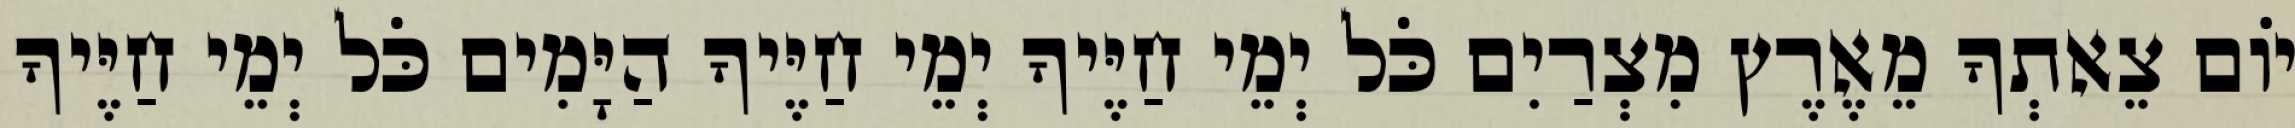
יוֹם צֵאתְךָ מֵאֶרֶץ מִצְרַיִם כֹּל יְמֵי חַיֶּיךָ יְמֵי חַיֶּיךָ הַיָּמִים כֹּל יְמֵי חַיֶּיךָ